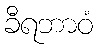
ခီရဘာဝံ